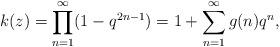
LaTeX: \begin{align*}k(z) = \prod_{n=1}^\infty (1-q^{2n-1}) = 1+\sum_{n=1}^\infty g(n) q^n,\end{align*}